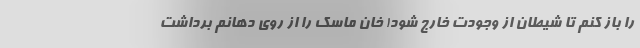
را باز کنم تا شیطان از وجودت خارج شود! خان ماسک را از روی دهانم برداشت